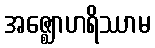
အဇ္ဈောဟရိဿာမ